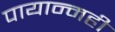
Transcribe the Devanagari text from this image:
पायान्मही